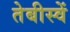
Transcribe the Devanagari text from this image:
तेबीस्वें